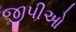
જીપીઓ